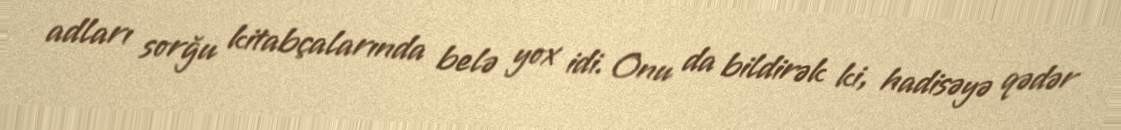
adları sorğu kitabçalarında belə yox idi. Onu da bildirək ki, hadisəyə qədər